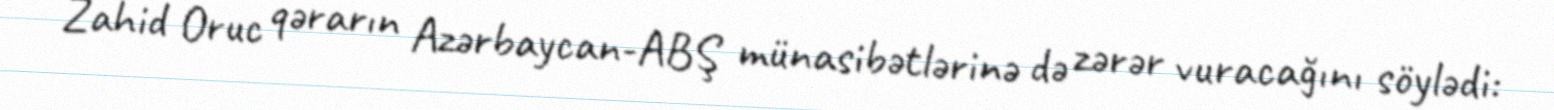
Zahid Oruc qərarın Azərbaycan-ABŞ münasibətlərinə də zərər vuracağını söylədi: